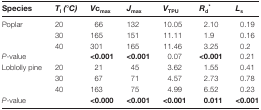
<table><thead><tr><td><b>Species</b></td><td><b><i>T</i><sub>l</sub><i>(°C</i>)</b></td><td><b><i>V</i>c<sub>max</sub></b></td><td><b><i>J</i><sub>max</sub></b></td><td><b><i>V</i><sub>TPU</sub></b></td><td><b><i>R</i><sub>d</sub><sup><i>*</i></sup></b></td><td><b><i>L</i><sub>s</sub></b></td></tr></thead><tbody><tr><td rowspan="3">Poplar</td><td>20</td><td>66</td><td>132</td><td>10.05</td><td>2.10</td><td>0.19</td></tr><tr><td>30</td><td>165</td><td>151</td><td>11.11</td><td>1.9</td><td>0.16</td></tr><tr><td>40</td><td>301</td><td>165</td><td>11.46</td><td>3.25</td><td>0.2</td></tr><tr><td><i>P</i>-value</td><td></td><td><b>&lt;0.001</b></td><td><b>&lt;0.001</b></td><td>0.07</td><td><b>&lt;0.001</b></td><td>0.21</td></tr><tr><td rowspan="3">Loblolly pine</td><td>20</td><td>21</td><td>45</td><td>3.62</td><td>1.55</td><td>0.41</td></tr><tr><td>30</td><td>67</td><td>71</td><td>4.57</td><td>2.73</td><td>0.78</td></tr><tr><td>40</td><td>163</td><td>75</td><td>4.99</td><td>6.52</td><td>0.23</td></tr><tr><td><i>P</i>-value</td><td></td><td><b>&lt;0.000</b></td><td><b>&lt;0.001</b></td><td><b>&lt;0.001</b></td><td><b>0.011</b></td><td><b>&lt;0.001</b></td></tr></tbody></table>